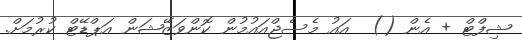
ޝިފްޓް + އެން ()  އައު މެސެޖްއައުމުން ކޮންވަޒޭޝަން އަޕްޑޭޓް ކުރުމަށް.